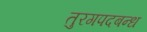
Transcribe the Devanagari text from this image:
तुरगपदबन्ध